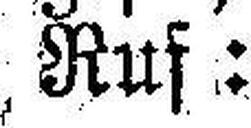
Ruf: